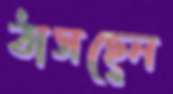
ঠাসছেন